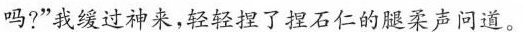
吗?”我缓过神来，轻轻捏了捏石仁的腿柔声问道。